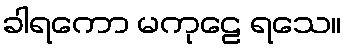
ခါရကော မကုဠေ ရသေ။